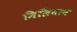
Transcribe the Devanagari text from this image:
मिलियान